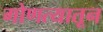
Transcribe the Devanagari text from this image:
गोणत्यातून